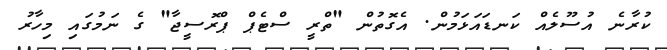
ކުރާނެ އުސޫލެއް ކަނޑައަޅަމުން. އެގޮތުން "ތްރީ ސްޓެޕް ޕްރޮސީޖާ" ގެ ނަމުގައި މިހާރު